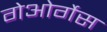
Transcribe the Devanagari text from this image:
गेओर्गेस